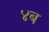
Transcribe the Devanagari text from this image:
४ब